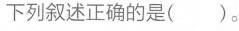
下列叙述正确的是( )。